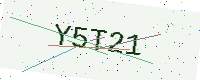
Text: Y5T21